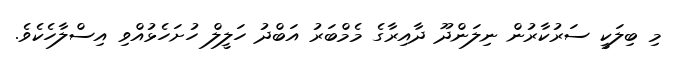
މި ބިލަކީ ސަރުކާރުން ނިލަންދޫ ދާއިރާގެ މެމްބަރު އަބްދު ހަލީލް ހުށަހެޅުއްވި އިސްލާހެކެވެ.